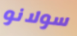
سولانو